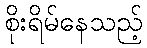
စိုးရိမ်နေသည့်